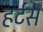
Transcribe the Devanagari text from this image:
हर्टस